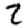
Digit: 2